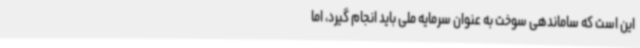
این است که ساماندهی سوخت به عنوان سرمایه ملی باید انجام گیرد، اما